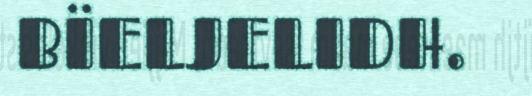
BÏELJELIDH.